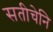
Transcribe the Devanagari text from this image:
सतीचेनि